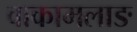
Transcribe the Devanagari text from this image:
वाकामलाङ